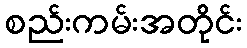
စည်းကမ်းအတိုင်း